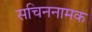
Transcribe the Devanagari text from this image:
सचिननामक